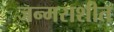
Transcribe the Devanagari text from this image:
जन्मराशीत